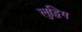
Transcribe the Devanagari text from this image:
लुद्विग